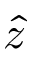
\hat { z }